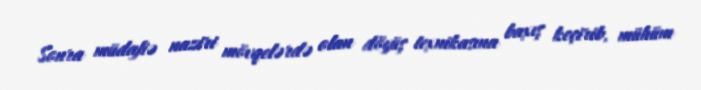
Sonra müdafiə naziri mövqelərdə olan döyüş texnikasına baxış keçirib, mühüm